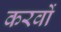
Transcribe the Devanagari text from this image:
करवों